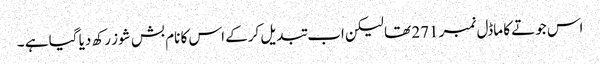
اس جوتے کا ماڈل نمبر 271 تھا لیکن اب تبدیل کرکے اس کا نام بش شوز رکھ دیا گیا ہے ۔